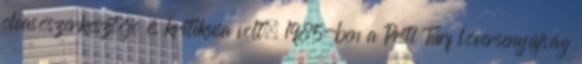
olvasószerkesztője és kritikusa volt, 1985-ben a Pesti Turf lóversenyújság